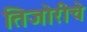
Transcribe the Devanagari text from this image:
तिजोरीचे